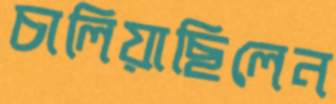
চালিয়াছিলেন